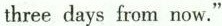
three days from now."